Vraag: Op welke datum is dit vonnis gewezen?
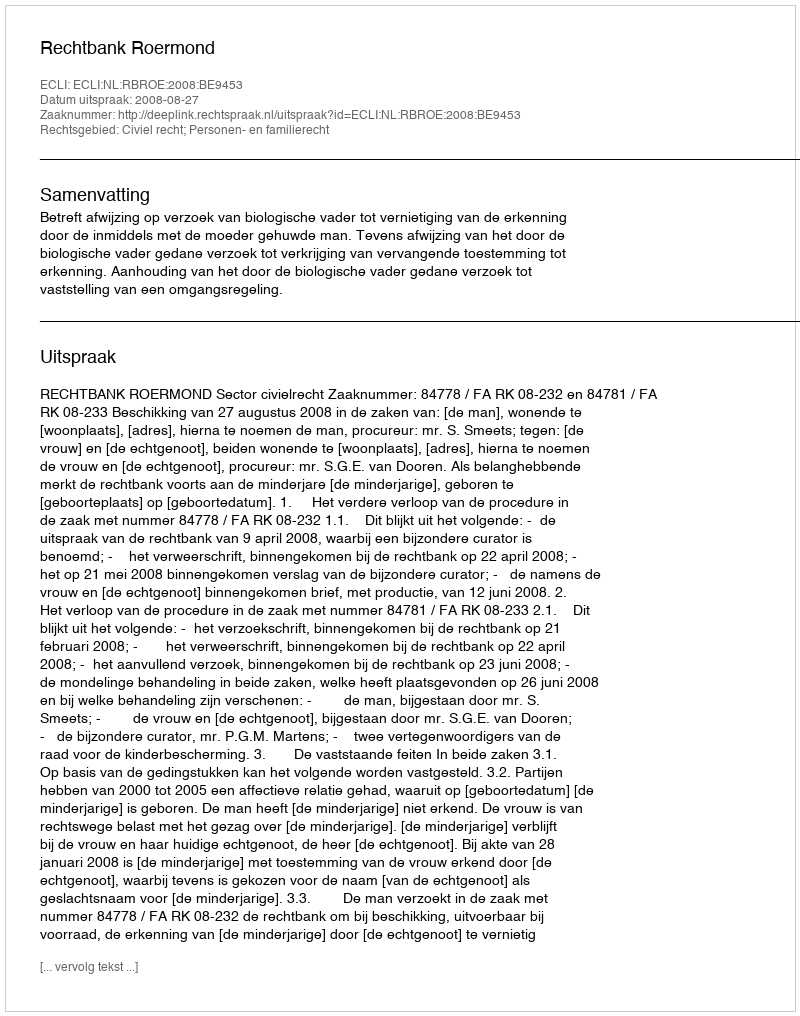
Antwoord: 2008-08-27